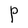
Character: P